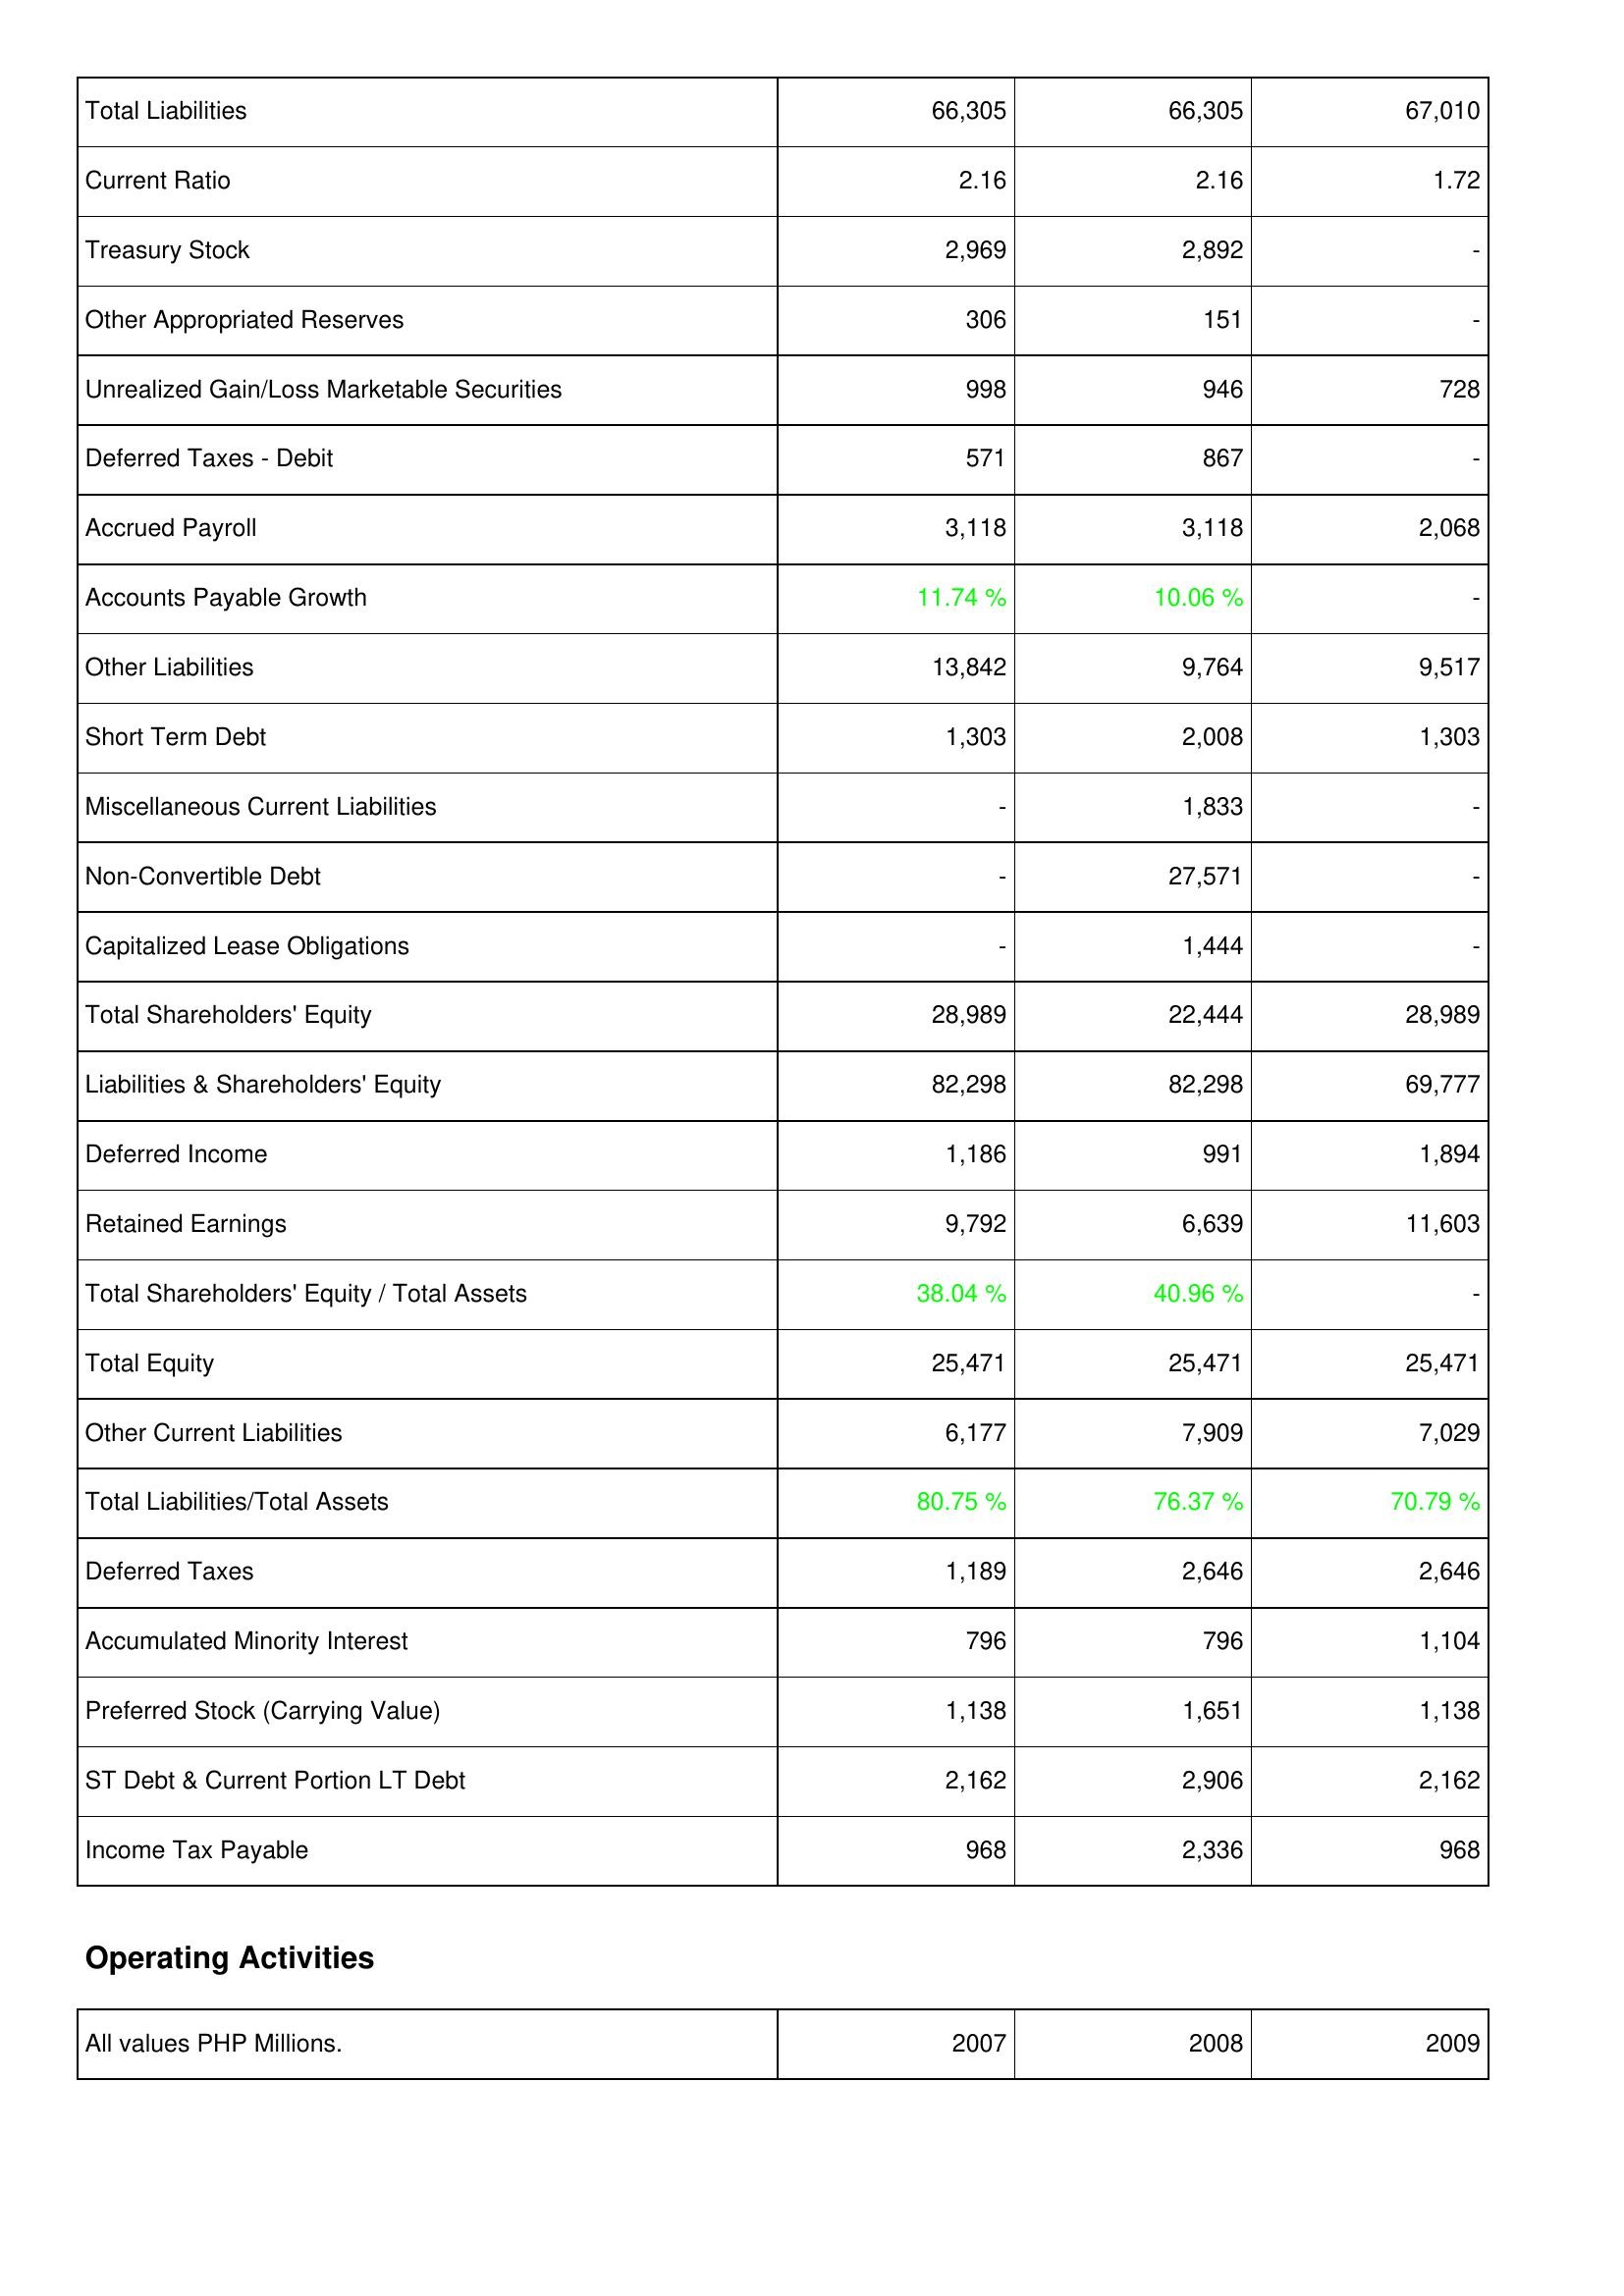
2007: Liabilities & Shareholders' Equity: Total Liabilities: 66,305
Current Ratio: 2.16
Treasury Stock: 2,969
Other Appropriated Reserves: 306
Unrealized Gain/Loss Marketable Securities: 998
Deferred Taxes - Debit: 571
Accrued Payroll: 3,118
Accounts Payable Growth: 11.74 %
Other Liabilities: 13,842
Short Term Debt: 1,303
Miscellaneous Current Liabilities: -
Non-Convertible Debt: -
Capitalized Lease Obligations: -
Total Shareholders' Equity: 28,989
Liabilities & Shareholders' Equity: 82,298
Deferred Income: 1,186
Retained Earnings: 9,792
Total Shareholders' Equity / Total Assets: 38.04 %
Total Equity: 25,471
Other Current Liabilities: 6,177
Total Liabilities/Total Assets: 80.75 %
Deferred Taxes: 1,189
Accumulated Minority Interest: 796
Preferred Stock (Carrying Value): 1,138
ST Debt & Current Portion LT Debt: 2,162
Income Tax Payable: 968
2008: Liabilities & Shareholders' Equity: Total Liabilities: 66,305
Current Ratio: 2.16
Treasury Stock: 2,892
Other Appropriated Reserves: 151
Unrealized Gain/Loss Marketable Securities: 946
Deferred Taxes - Debit: 867
Accrued Payroll: 3,118
Accounts Payable Growth: 10.06 %
Other Liabilities: 9,764
Short Term Debt: 2,008
Miscellaneous Current Liabilities: 1,833
Non-Convertible Debt: 27,571
Capitalized Lease Obligations: 1,444
Total Shareholders' Equity: 22,444
Liabilities & Shareholders' Equity: 82,298
Deferred Income: 991
Retained Earnings: 6,639
Total Shareholders' Equity / Total Assets: 40.96 %
Total Equity: 25,471
Other Current Liabilities: 7,909
Total Liabilities/Total Assets: 76.37 %
Deferred Taxes: 2,646
Accumulated Minority Interest: 796
Preferred Stock (Carrying Value): 1,651
ST Debt & Current Portion LT Debt: 2,906
Income Tax Payable: 2,336
2009: Liabilities & Shareholders' Equity: Total Liabilities: 67,010
Current Ratio: 1.72
Treasury Stock: -
Other Appropriated Reserves: -
Unrealized Gain/Loss Marketable Securities: 728
Deferred Taxes - Debit: -
Accrued Payroll: 2,068
Accounts Payable Growth: -
Other Liabilities: 9,517
Short Term Debt: 1,303
Miscellaneous Current Liabilities: -
Non-Convertible Debt: -
Capitalized Lease Obligations: -
Total Shareholders' Equity: 28,989
Liabilities & Shareholders' Equity: 69,777
Deferred Income: 1,894
Retained Earnings: 11,603
Total Shareholders' Equity / Total Assets: -
Total Equity: 25,471
Other Current Liabilities: 7,029
Total Liabilities/Total Assets: 70.79 %
Deferred Taxes: 2,646
Accumulated Minority Interest: 1,104
Preferred Stock (Carrying Value): 1,138
ST Debt & Current Portion LT Debt: 2,162
Income Tax Payable: 968